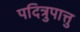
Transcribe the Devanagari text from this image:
पदित्रुपात्तु